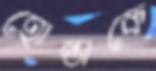
হোন্ডাকে